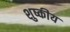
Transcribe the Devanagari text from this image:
शुष्कीय